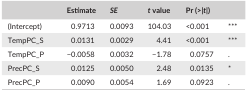
|  | Estimate | SE | t value | Pr (>|t|) |  |
 | --- | --- | --- | --- | --- | --- |
 | (Intercept) | 0.9713 | 0.0093 | 104.03 | <0.001 | *** |
 | TempPC_S | 0.0131 | 0.0029 | 4.41 | <0.001 | *** |
 | TempPC_P | −0.0058 | 0.0032 | −1.78 | 0.0757 | . |
 | PrecPC_S | 0.0125 | 0.0050 | 2.48 | 0.0135 | * |
 | PrecPC_P | 0.0090 | 0.0054 | 1.69 | 0.0923 | . |